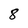
Character: 8